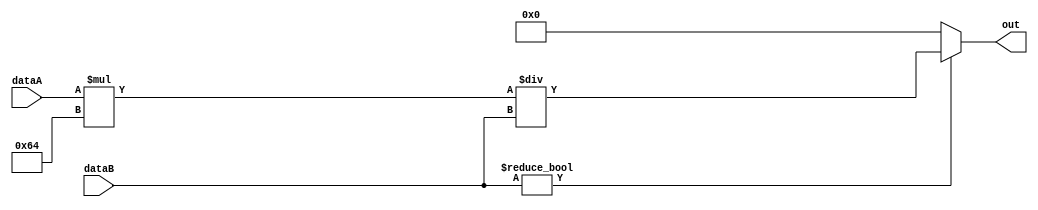
module div(dataA,dataB,out);
input [31:0] dataA, dataB;
output [31:0] out;

wire [31:0] numerator;

assign numerator = dataA * 32'd100;

assign out = (dataB != 32'b0) ? numerator/dataB : 32'b0;

endmodule